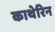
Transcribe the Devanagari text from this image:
काथेरिन